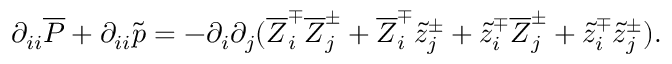
\partial _ { i i } \overline { { P } } + \partial _ { i i } \tilde { p } = - \partial _ { i } \partial _ { j } ( \overline { { Z } } _ { i } ^ { \mp } \overline { { Z } } _ { j } ^ { \pm } + \overline { { Z } } _ { i } ^ { \mp } \tilde { z } _ { j } ^ { \pm } + \tilde { z } _ { i } ^ { \mp } \overline { { Z } } _ { j } ^ { \pm } + \tilde { z } _ { i } ^ { \mp } \tilde { z } _ { j } ^ { \pm } ) .